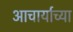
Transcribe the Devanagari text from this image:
आचार्याच्या